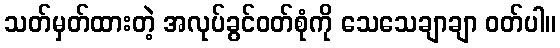
သတ်မှတ်ထားတဲ့ အလုပ်ခွင်ဝတ်စုံကို သေသေချာချာ ဝတ်ပါ။